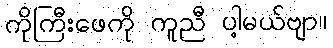
ကိုကြီးဖေကို ကူညီ ပါ့မယ်ဗျာ။